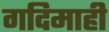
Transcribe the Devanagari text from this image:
गदिमाही